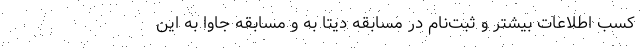
کسب اطلاعات بیشتر و ثبت‌نام در مسابقه دیتا به و مسابقه جاوا به این